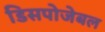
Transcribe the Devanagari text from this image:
डिसपोजेबल